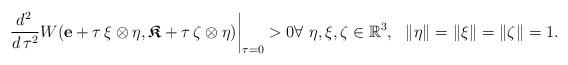
LaTeX: \begin{align*}\frac{d^2\, }{d\, \tau^2}W(\mathbf{e} + \tau \, \xi \otimes \eta, \boldsymbol{\mathfrak{K}} + \tau \, \zeta\otimes \eta)\bigg|_{\tau=0}>0 \forall\ \eta, \xi, \zeta \in \mathbb{R}^3, \ \ \lVert \eta\rVert=\lVert \xi\rVert=\lVert \zeta\rVert=1.\end{align*}